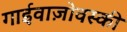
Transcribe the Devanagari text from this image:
गाईवाज़ोवस्की